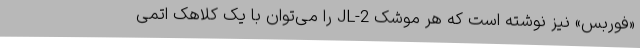
«فوربس» نیز نوشته است که هر موشک JL-2 را می‌توان با یک کلاهک اتمی